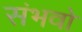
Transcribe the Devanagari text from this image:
संभवो